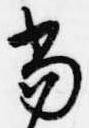
当